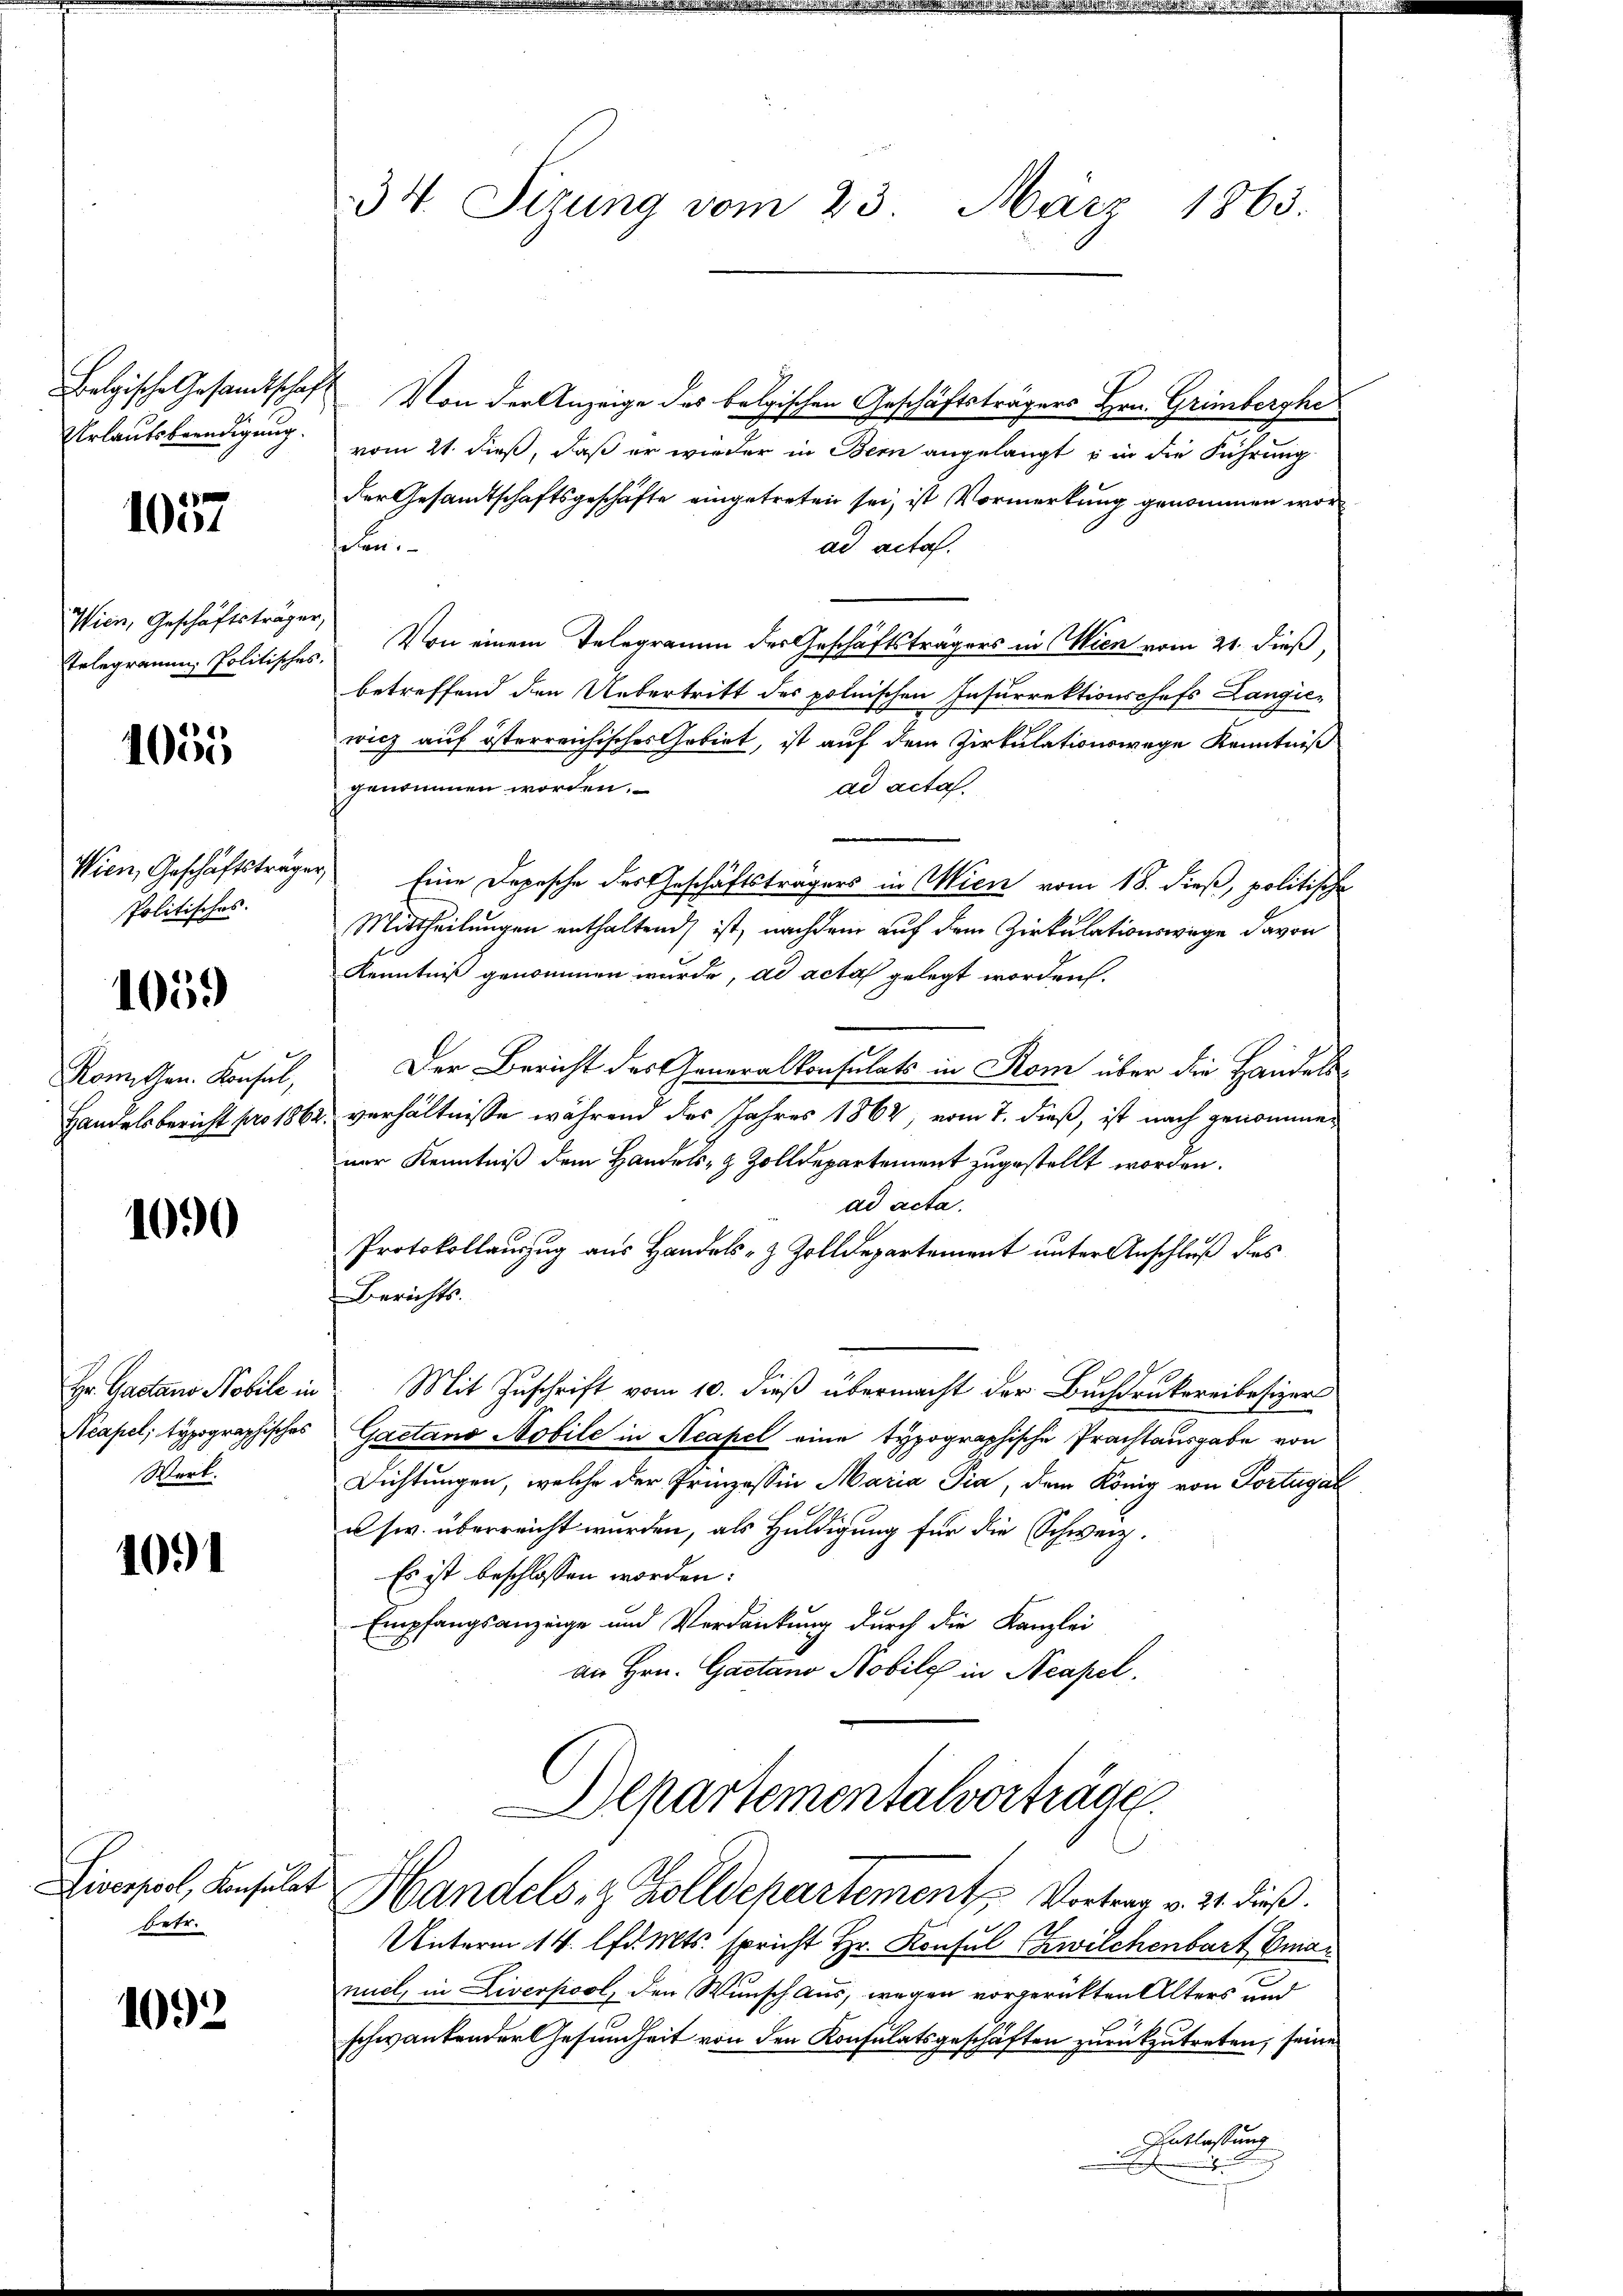
Urlautsbeendigung.

1057

Wien, Geschäftsträger,

4055

Politisches.

1059

Romchen. Konsul,
Handelsbericht pro 188

1090

Werk.

1091

betr.

1092

34. Sizung vom 23. März 1863.

Belgische Gesamtschaft Von der Anzeige des belgischen Geschäftsträgers Hrn. Grimberghe
vom 21. dieß, daß er wieder in Bern angelangt in die Führung
der Gesandtschaftsgeschäfte eingetreten sei, ist Vormerkung genommen wor
deben
ad acta.
Erlegramm Politisches. Von einem Telegramm der Geschäftsträgers in Wien vom 21. dieß,
betreffend den Uebertritt des polnischen Insurrektionschefs Langie-
wicz auf österreichisches Gebiet, ist auf dem Zirkulationswege Kenntniß
ad acta.
genommen worden.
Wien, Geschäftsträger Eine Depesche der Geschäftsträgers in Wien vom 18. dieß, politische
Mittheilungen enthaltend ist, nachdem auf dem Zirkulationswege davon
Kenntniß genommen wurde, ad acta gelegt worden.
Der Bericht des Generalkonsulats in Rom über die Handels¬
. verhältnisse während des Jahres 1862, vom 7. dieß, ist nach genommen
ner Kenntniß dem Handels- & Zolldepartement zugestellt worden.
ad acta.
Protokollauszug aus Handels- & Zolldepartement unter Anschluß des
Berichts.
Hr. Gasano Nobile in Mit Zuschrift vom 10. dieß übermacht der Buchdrukereibesizer
Neapel; typographisches Gaetano Nobile in Acapel eine typographische Prachtausgabe von
Dichtungen, welche der Prinzessin Maria Pia, dem König von Portugal
usw. überreicht wurden, als Huldigung für die Schweiz.
Es ist beschlossen worden:
Empfangsanzeige und Verdankung durch die Kanzlei
an Hrn. Gactano Nobile in Neapel.
Departementalvorträge.
Liserpool, Konsulat Handels- & Zolldepartement Vortrag v. 21. dieß.
Unterm 14. lfd. Mts. spricht Hr. Konsul Zwilchenbart Emaniel, in Liverpool, den Wunsch aus, wegen vorgerückten Alters und
schwankender Gesundheit von den Konsulatsgeschäften zurückzutreten, seine
Entlassung